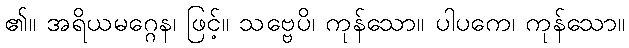
၏။ အရိယမဂ္ဂေန၊ ဖြင့်။ သဗ္ဗေပိ၊ ကုန်သော။ ပါပကေ၊ ကုန်သော။